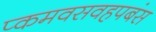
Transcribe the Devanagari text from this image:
प्कमवसवहपबंस